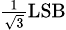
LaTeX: \scriptstyle{\frac{1}{\sqrt{3}}}\mathrm{LSB}